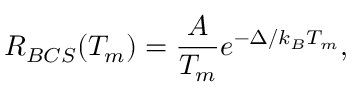
R _ { B C S } ( T _ { m } ) = \frac { A } { T _ { m } } e ^ { - \Delta / k _ { B } T _ { m } } ,